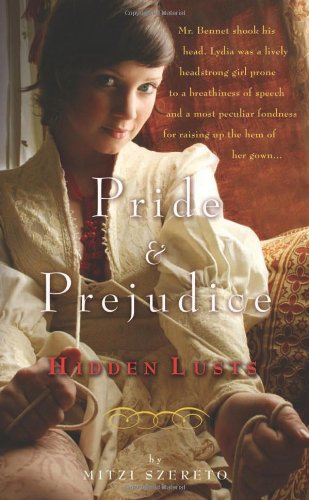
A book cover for Pride and Prejudice: Hidden Lusts; Mitzi Szereto; Romance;